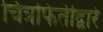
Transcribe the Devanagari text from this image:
चित्रफितीद्वारे